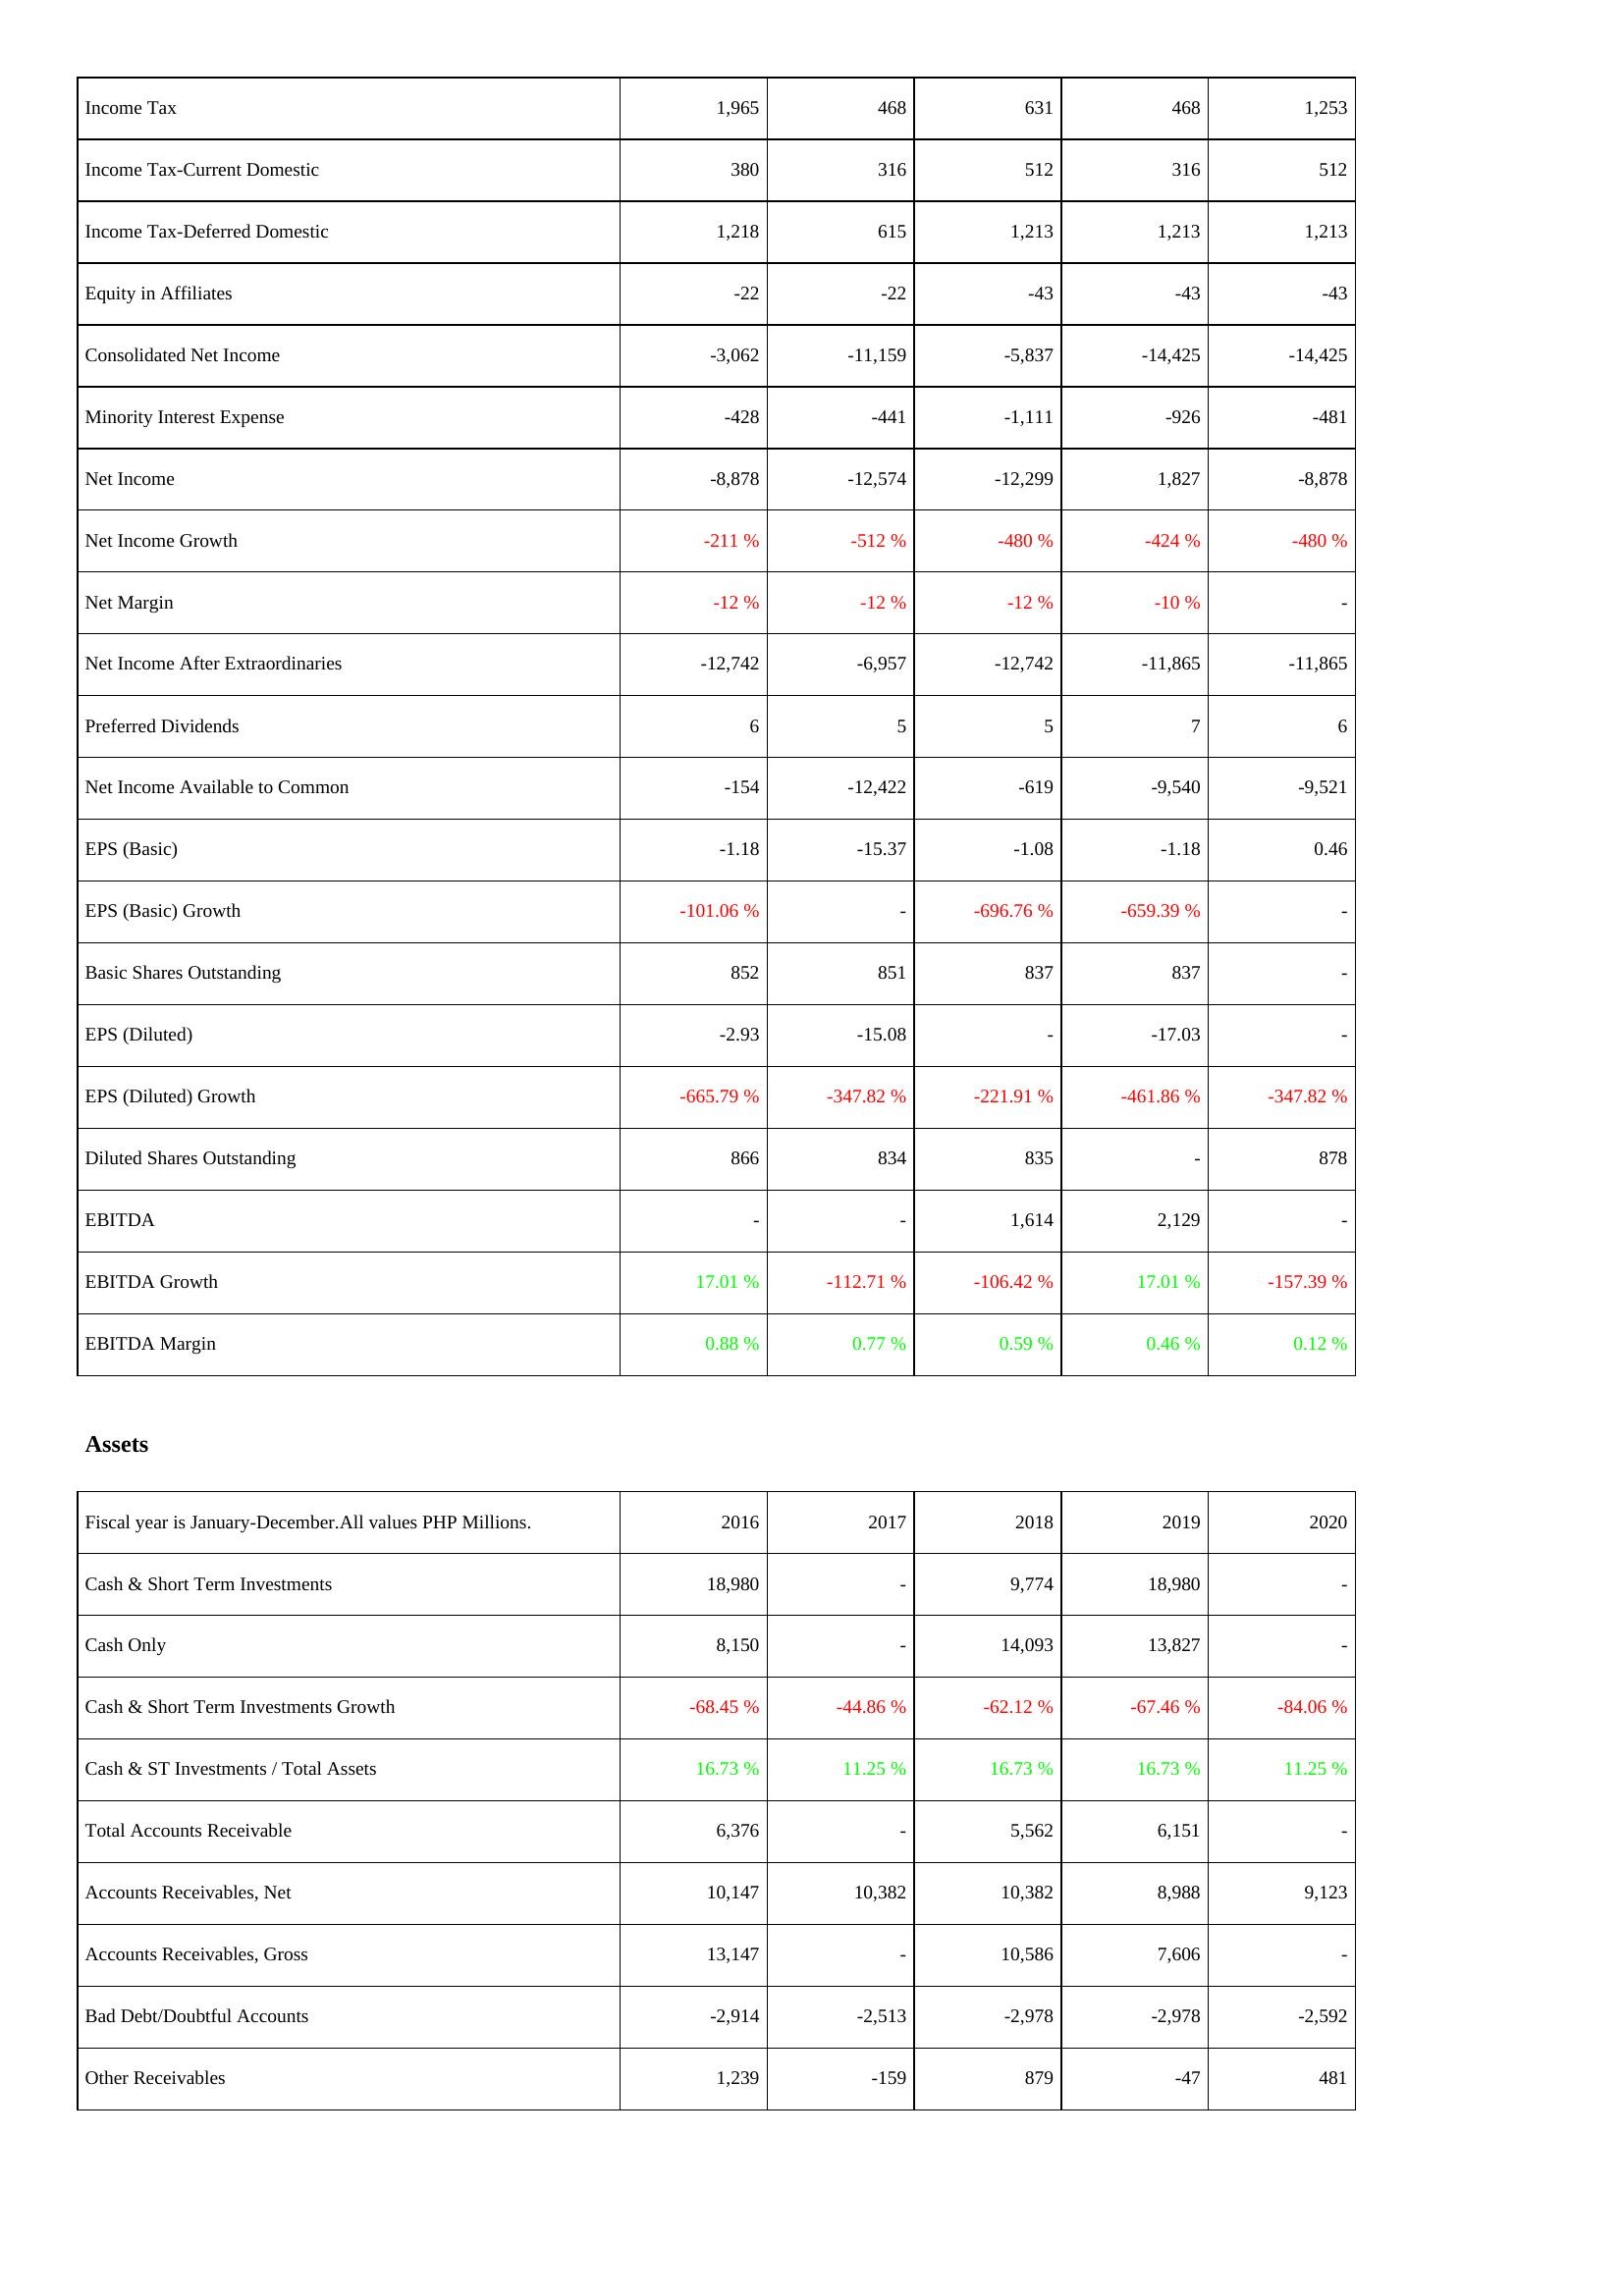
2016: Income Statement: Income Tax: 1,965
Income Tax-Current Domestic: 380
Income Tax-Deferred Domestic: 1,218
Equity in Affiliates: -22
Consolidated Net Income: -3,062
Minority Interest Expense: -428
Net Income: -8,878
Net Income Growth: -211 %
Net Margin: -12 %
Net Income After Extraordinaries: -12,742
Preferred Dividends: 6
Net Income Available to Common: -154
EPS (Basic): -1.18
EPS (Basic) Growth: -101.06 %
Basic Shares Outstanding: 852
EPS (Diluted): -2.93
EPS (Diluted) Growth: -665.79 %
Diluted Shares Outstanding: 866
EBITDA: -
EBITDA Growth: 17.01 %
EBITDA Margin: 0.88 %
Assets: Cash & Short Term Investments: 18,980
Cash Only: 8,150
Cash & Short Term Investments Growth: -68.45 %
Cash & ST Investments / Total Assets: 16.73 %
Total Accounts Receivable: 6,376
Accounts Receivables, Net: 10,147
Accounts Receivables, Gross: 13,147
Bad Debt/Doubtful Accounts: -2,914
Other Receivables: 1,239
2017: Income Statement: Income Tax: 468
Income Tax-Current Domestic: 316
Income Tax-Deferred Domestic: 615
Equity in Affiliates: -22
Consolidated Net Income: -11,159
Minority Interest Expense: -441
Net Income: -12,574
Net Income Growth: -512 %
Net Margin: -12 %
Net Income After Extraordinaries: -6,957
Preferred Dividends: 5
Net Income Available to Common: -12,422
EPS (Basic): -15.37
EPS (Basic) Growth: -
Basic Shares Outstanding: 851
EPS (Diluted): -15.08
EPS (Diluted) Growth: -347.82 %
Diluted Shares Outstanding: 834
EBITDA: -
EBITDA Growth: -112.71 %
EBITDA Margin: 0.77 %
Assets: Cash & Short Term Investments: -
Cash Only: -
Cash & Short Term Investments Growth: -44.86 %
Cash & ST Investments / Total Assets: 11.25 %
Total Accounts Receivable: -
Accounts Receivables, Net: 10,382
Accounts Receivables, Gross: -
Bad Debt/Doubtful Accounts: -2,513
Other Receivables: -159
2018: Income Statement: Income Tax: 631
Income Tax-Current Domestic: 512
Income Tax-Deferred Domestic: 1,213
Equity in Affiliates: -43
Consolidated Net Income: -5,837
Minority Interest Expense: -1,111
Net Income: -12,299
Net Income Growth: -480 %
Net Margin: -12 %
Net Income After Extraordinaries: -12,742
Preferred Dividends: 5
Net Income Available to Common: -619
EPS (Basic): -1.08
EPS (Basic) Growth: -696.76 %
Basic Shares Outstanding: 837
EPS (Diluted): -
EPS (Diluted) Growth: -221.91 %
Diluted Shares Outstanding: 835
EBITDA: 1,614
EBITDA Growth: -106.42 %
EBITDA Margin: 0.59 %
Assets: Cash & Short Term Investments: 9,774
Cash Only: 14,093
Cash & Short Term Investments Growth: -62.12 %
Cash & ST Investments / Total Assets: 16.73 %
Total Accounts Receivable: 5,562
Accounts Receivables, Net: 10,382
Accounts Receivables, Gross: 10,586
Bad Debt/Doubtful Accounts: -2,978
Other Receivables: 879
2019: Income Statement: Income Tax: 468
Income Tax-Current Domestic: 316
Income Tax-Deferred Domestic: 1,213
Equity in Affiliates: -43
Consolidated Net Income: -14,425
Minority Interest Expense: -926
Net Income: 1,827
Net Income Growth: -424 %
Net Margin: -10 %
Net Income After Extraordinaries: -11,865
Preferred Dividends: 7
Net Income Available to Common: -9,540
EPS (Basic): -1.18
EPS (Basic) Growth: -659.39 %
Basic Shares Outstanding: 837
EPS (Diluted): -17.03
EPS (Diluted) Growth: -461.86 %
Diluted Shares Outstanding: -
EBITDA: 2,129
EBITDA Growth: 17.01 %
EBITDA Margin: 0.46 %
Assets: Cash & Short Term Investments: 18,980
Cash Only: 13,827
Cash & Short Term Investments Growth: -67.46 %
Cash & ST Investments / Total Assets: 16.73 %
Total Accounts Receivable: 6,151
Accounts Receivables, Net: 8,988
Accounts Receivables, Gross: 7,606
Bad Debt/Doubtful Accounts: -2,978
Other Receivables: -47
2020: Income Statement: Income Tax: 1,253
Income Tax-Current Domestic: 512
Income Tax-Deferred Domestic: 1,213
Equity in Affiliates: -43
Consolidated Net Income: -14,425
Minority Interest Expense: -481
Net Income: -8,878
Net Income Growth: -480 %
Net Margin: -
Net Income After Extraordinaries: -11,865
Preferred Dividends: 6
Net Income Available to Common: -9,521
EPS (Basic): 0.46
EPS (Basic) Growth: -
Basic Shares Outstanding: -
EPS (Diluted): -
EPS (Diluted) Growth: -347.82 %
Diluted Shares Outstanding: 878
EBITDA: -
EBITDA Growth: -157.39 %
EBITDA Margin: 0.12 %
Assets: Cash & Short Term Investments: -
Cash Only: -
Cash & Short Term Investments Growth: -84.06 %
Cash & ST Investments / Total Assets: 11.25 %
Total Accounts Receivable: -
Accounts Receivables, Net: 9,123
Accounts Receivables, Gross: -
Bad Debt/Doubtful Accounts: -2,592
Other Receivables: 481